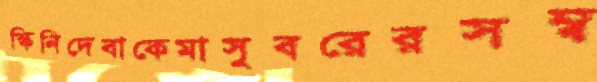
স্কিনিদেবাকেমাসুবরেরসম্ব